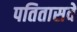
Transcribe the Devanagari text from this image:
पतितासवे